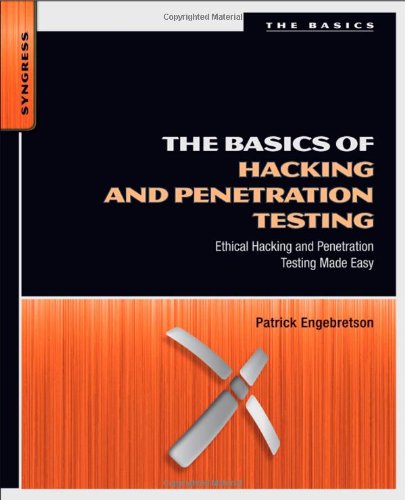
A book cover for The Basics of Hacking and Penetration Testing: Ethical Hacking and Penetration Testing Made Easy (Syngress Basics Series); Patrick Engebretson; Computers & Technology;